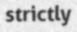
strictly